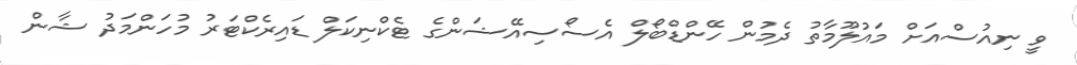
ވީ ނިއުސްއަށް މައުލޫމާތު ދެމުން ހޭންޑްބޯލް އެސޯސިއޭޝަންގެ ޓެކްނިކަލް ޑައިރެކްޓަރު މުހަންމަދު ޝާން